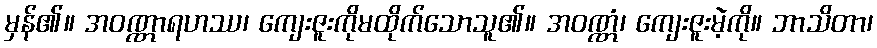
မှန်၏။ အဝဏ္ဏာရဟဿ၊ ကျေးဇူးကိုမထိုက်သောသူ၏။ အဝဏ္ဏံ၊ ကျေးဇူးမဲ့ကို။ ဘာသိတာ၊